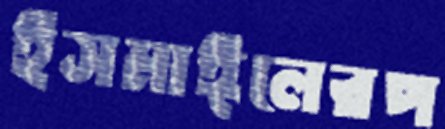
ইসমাঈলেরপ